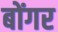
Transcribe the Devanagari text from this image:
बोंगर